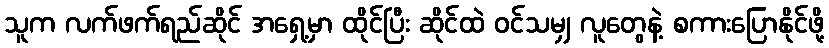
သူက လက်ဖက်ရည်ဆိုင် အရှေ့မှာ ထိုင်ပြီး ဆိုင်ထဲ ဝင်သမျှ လူတွေနဲ့ စကားပြောနိုင်ဖို့